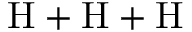
\mathrm { H } + \mathrm { H } + \mathrm { H }